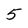
Character: 5